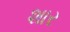
શાર